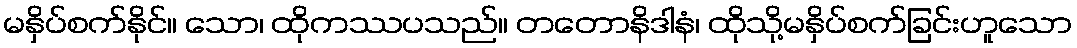
မနှိပ်စက်နိုင်။ သော၊ ထိုကဿပသည်။ တတောနိဒါနံ၊ ထိုသို့မနှိပ်စက်ခြင်းဟူသော